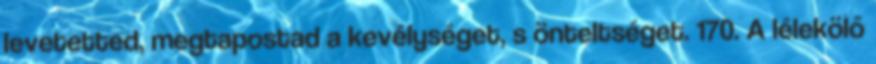
levetetted, megtapostad a kevélységet, s önteltséget. 170. A lélekölő